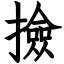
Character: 撿